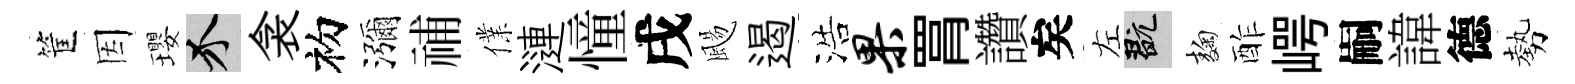
筐因瓔介衾初瀰𥙷㒒漣憧戌颺遏浩果罥讚矣左玩麹酢崿嗣諱德勢